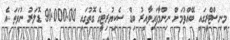
މިނިސްޓްރީގައި ބޭއްވުމަށް ނިންމާފައިވާއިރު ބިޑް ސެކިޔުރިޓީގެ ގޮތުގައި 90